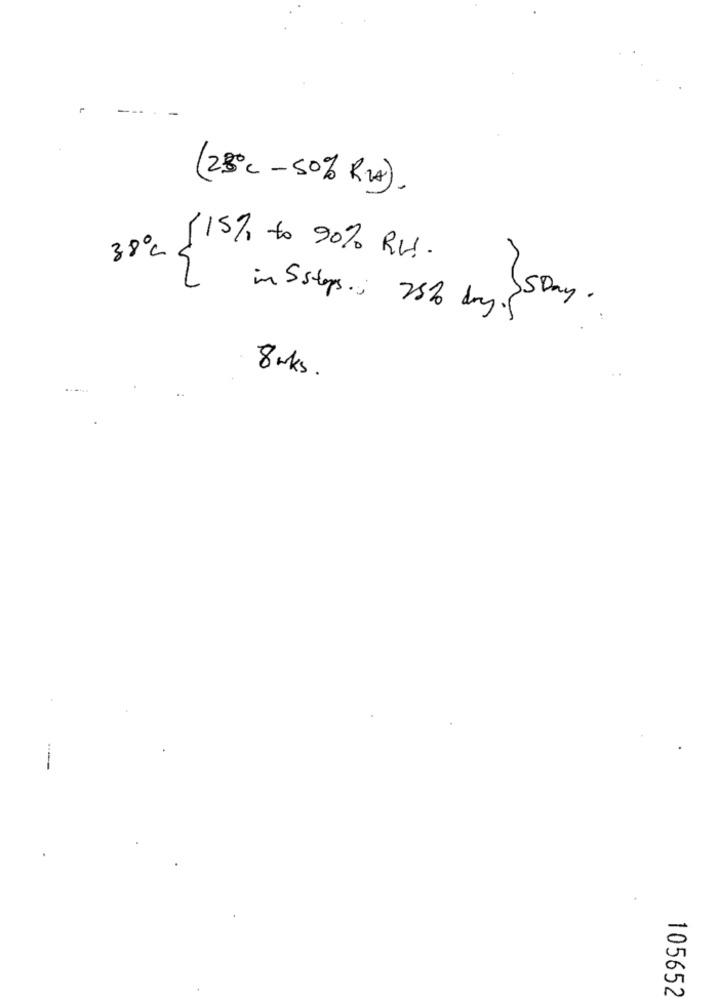
(28℃ -50% RV).
38ºC
15% to 90% RH.
in Sstops. 25% day }S Day.
..
80ks.
105652